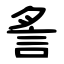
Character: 䚻